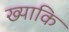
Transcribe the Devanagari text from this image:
ख्याकि